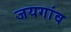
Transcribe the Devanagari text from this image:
जयगांव